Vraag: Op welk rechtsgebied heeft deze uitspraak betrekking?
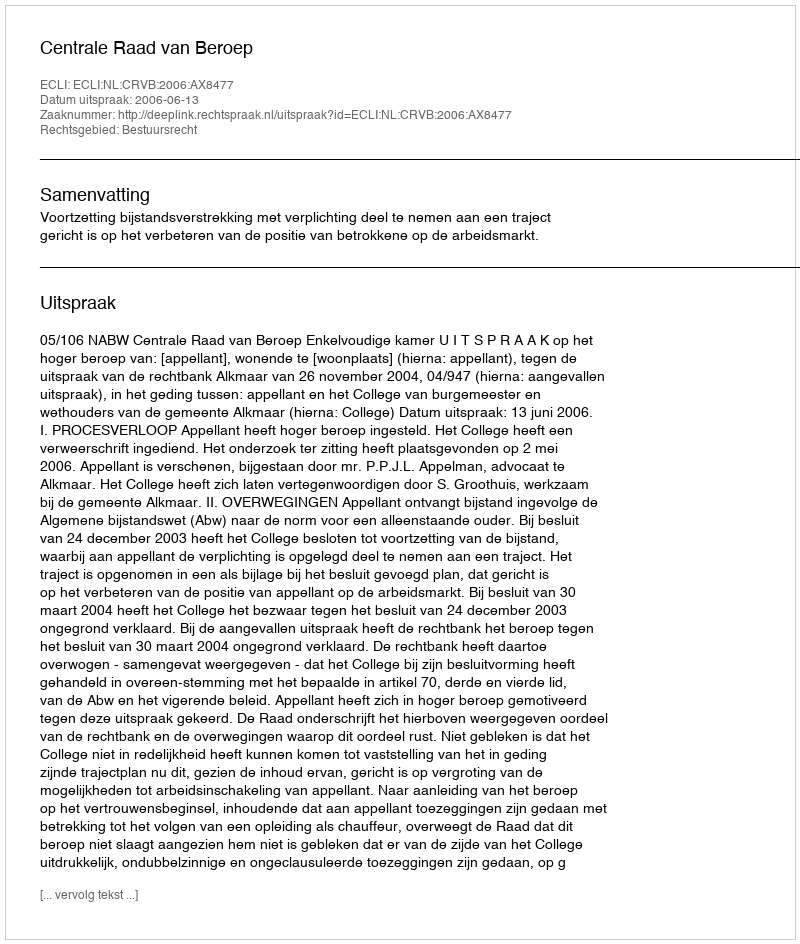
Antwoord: Bestuursrecht